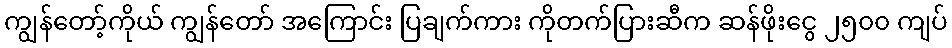
ကျွန်တော့်ကိုယ် ကျွန်တော် အကြောင်း ပြချက်ကား ကိုတက်ပြားဆီက ဆန်ဖိုးငွေ ၂၅၀၀ ကျပ်